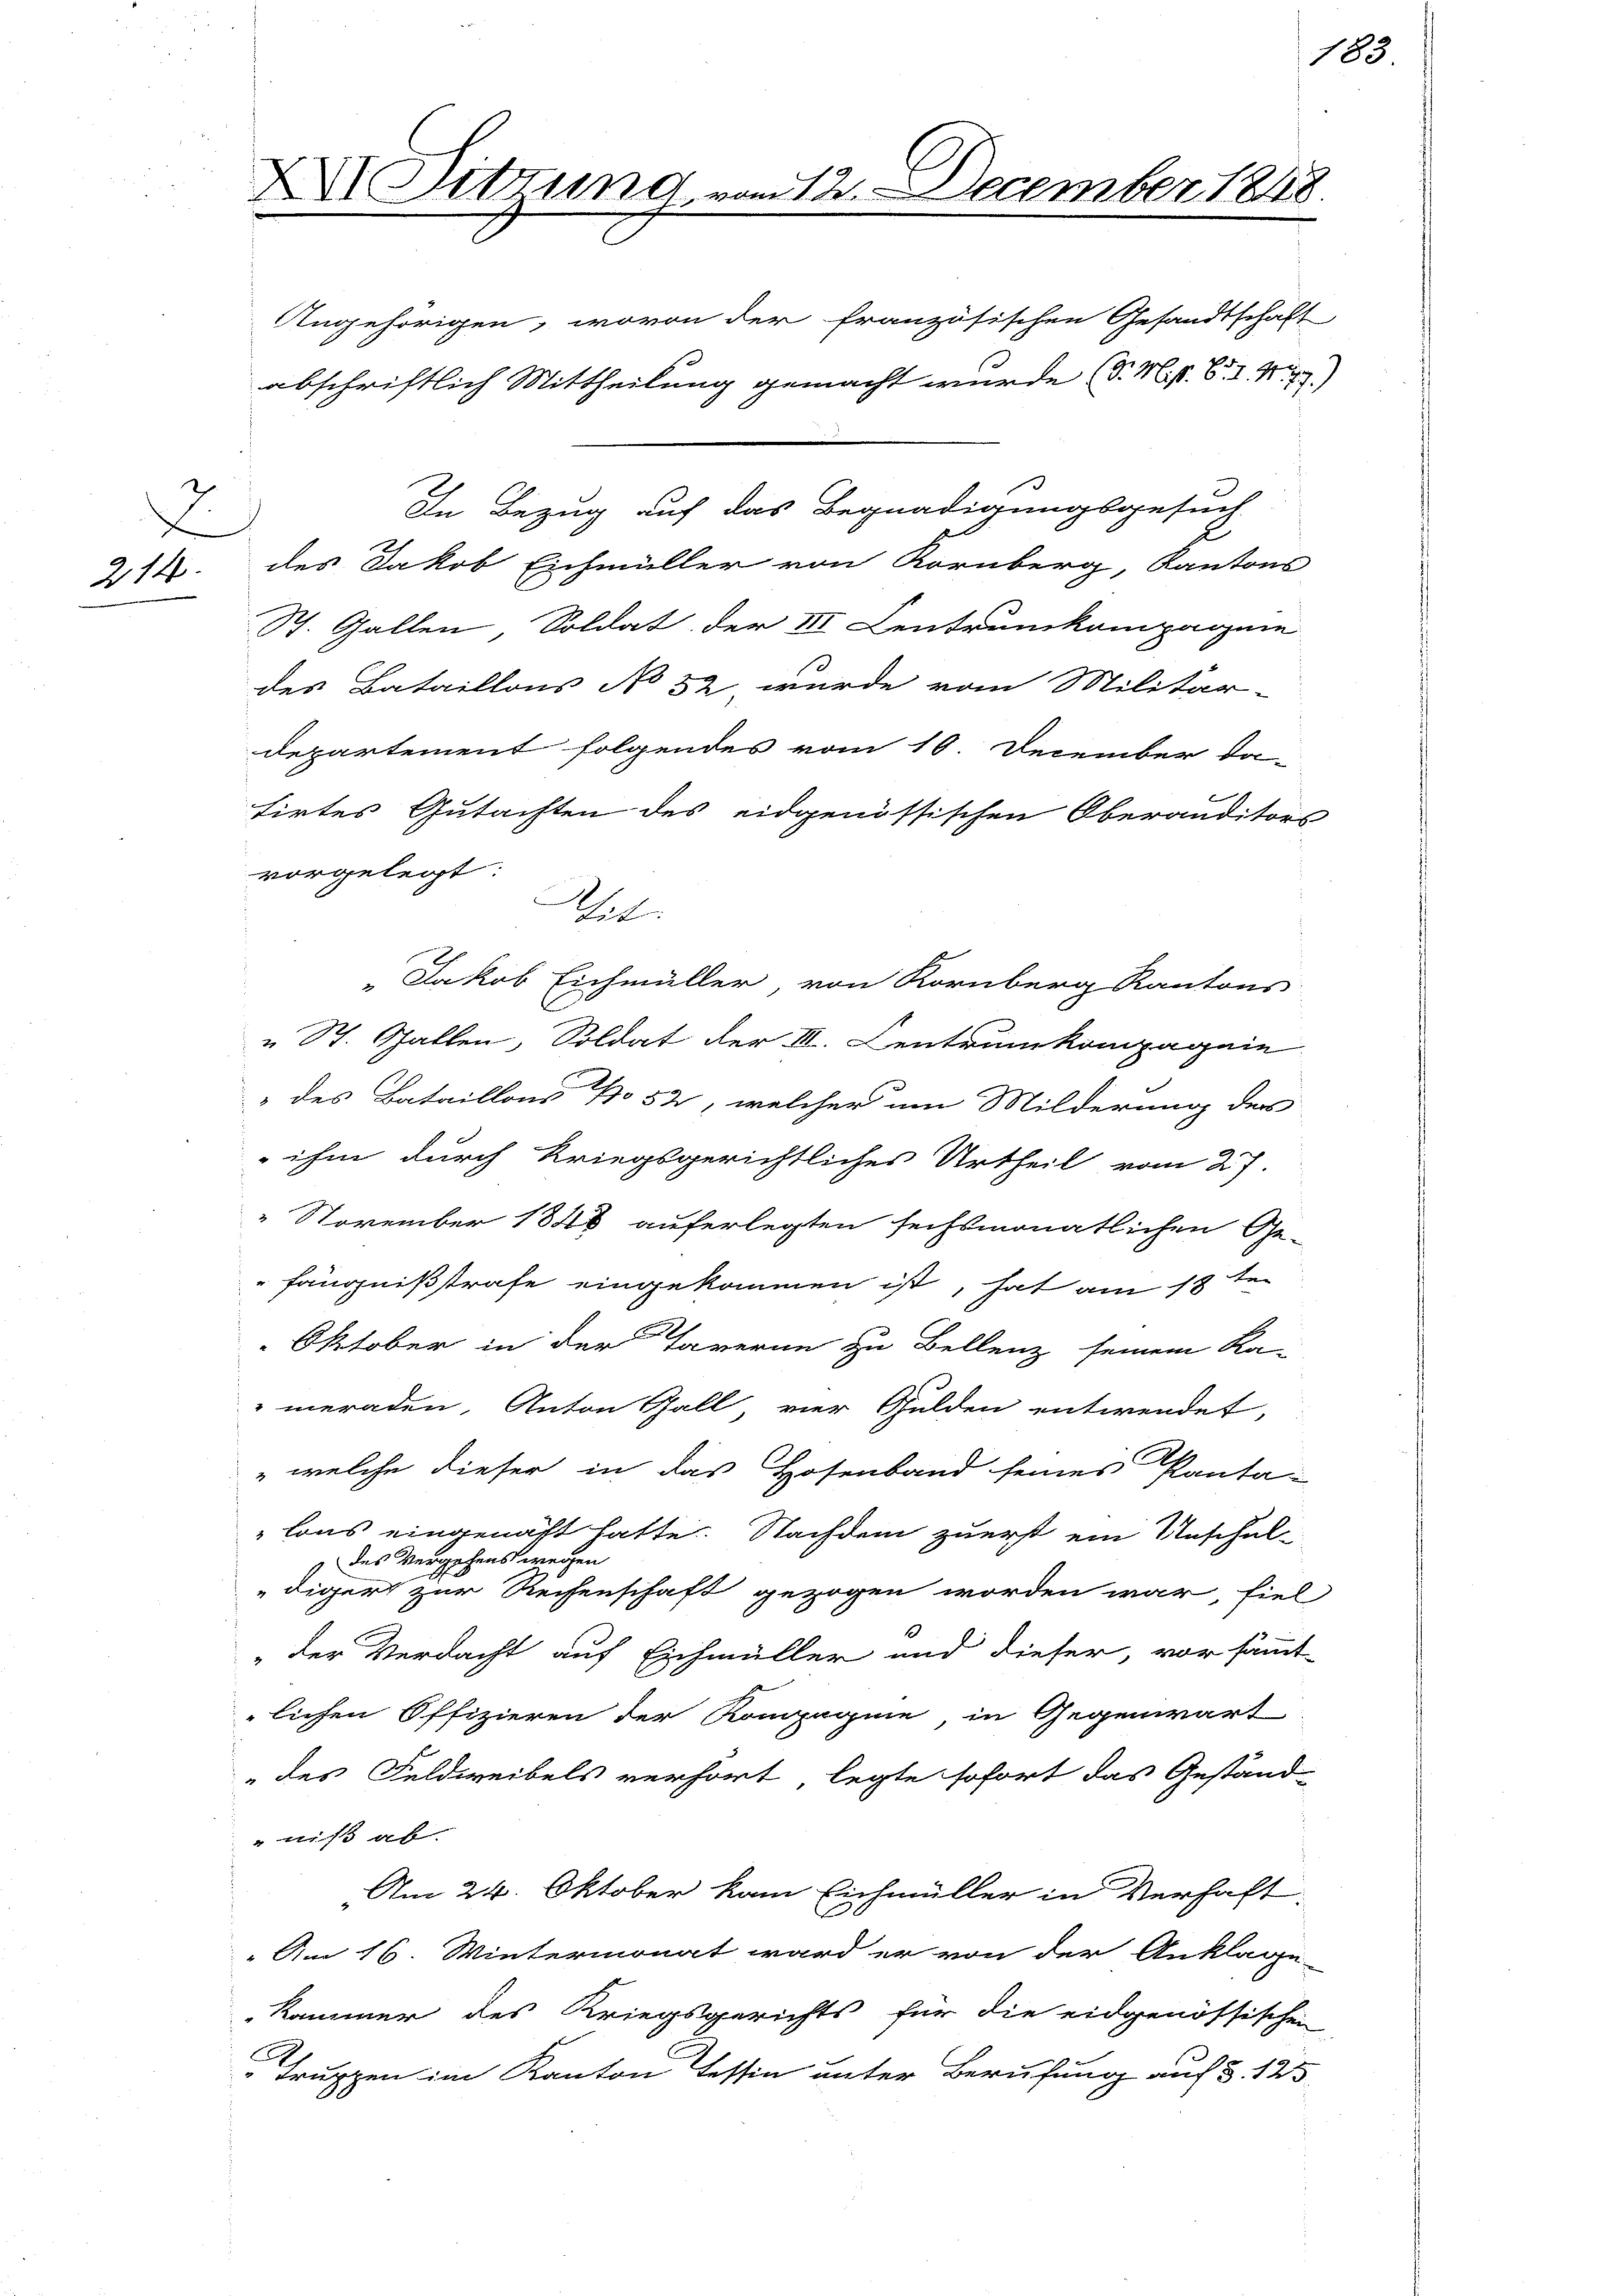
214.

.

XII. Sitzung vom 12. December 1848.

Angehörigen, wovon der französischen Gesandtschaft
In Bezug auf das Begnadigungsgesuch
des Jakob Eichmüller von Kornberg, Kantons
St. Gallen Soldat der III Centrunkompagnie
des Bataillons No 32 wurde vom Militär-
departement folgendes vom 10. December da-
tirtes Gutachten des eidgenössischen Oberauditors
vorgelegt:
„Jakob Eichmüller, von Kornberg Kantons
" St. Gallen, Soldat der II. Centrumkompagnie
" des Bataillons No 52, welcher um Milderung der
 ihm durch kriegsgerichtliches Urtheil vom 27.
" November 1848 auferlegten sechsmonatlichen Ge-
fängnißstrafe eingekommen ist, hat am 18ten
 Oktober in der Taverne zu Bellenz seinem Ka-
meraden, Anton Gall, vier Gulden entwendet,
" welche dieser in das Hosenband seines Panta-
lons eingenast hatte. Nachdem zuerst ein Anschuldes Vergehens wegen
digert zur Rechenschaft gezogen worden war, fiel
"der Verdacht auf Eichmüller und dieser, vorsammt-
lichen Offizieren der Kompagnie, in Gegenwart
" des Feldweibels verhört, legte sofort das Geständ-
niß ab
Am 24. Oktober kam Eichmüller in Verhaft
" Am 16. Wintermonat ward er von der Anklage
Kammer des Kriegsgerichts für die eidgenössischen
 Truppen im Kanton Tessin unter Berufung auf §. 123

Tat

abschriftlich Mittheilung gemacht wurde (S. Ms. B. S. 471)

183